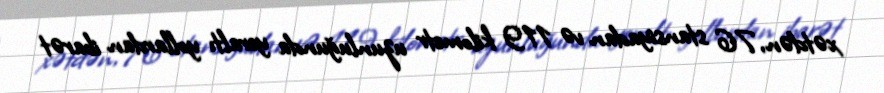
xətdən, 76 stansiyadan və 119 kilometr uzunluğunda yeraltı yollardan ibarət